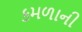
કમળાની